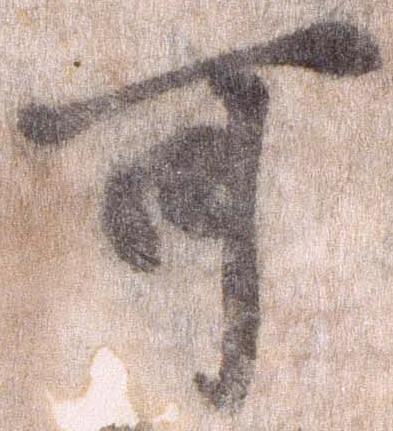
可